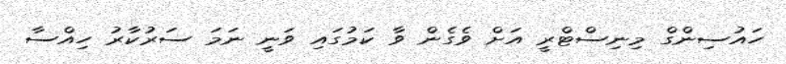
ހައުސިންގް މިނިސްޓްރީ އަށް ވެގެން ވާ ކަމުގައި ވަނީ ނަމަ ސަރުކާރު ހިއްސާ